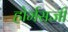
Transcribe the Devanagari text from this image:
होर्मसजी